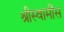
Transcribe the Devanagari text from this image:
श्रीस्वामींस